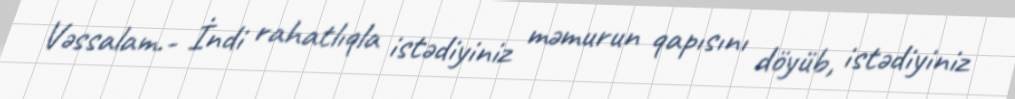
Vəssalam.- İndi rahatlıqla istədiyiniz məmurun qapısını döyüb, istədiyiniz